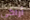
أراكي